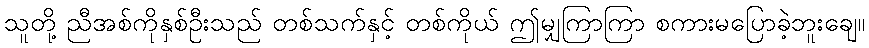
သူတို့ ညီအစ်ကိုနှစ်ဦးသည် တစ်သက်နှင့် တစ်ကိုယ် ဤမျှကြာကြာ စကားမပြောခဲ့ဘူးချေ။